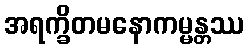
အရက္ခိတမနောကမ္မန္တဿ